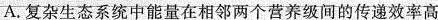
A.复杂生态系统中能量在相邻两个营养级间的传递效率高